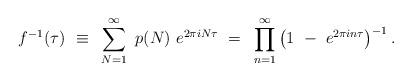
LaTeX: \begin{align*}f^{-1}(\tau)~ \equiv~ \sum^{\infty}_{N=1}~ p(N) ~e^{2 \pi iN \tau} ~=~ \prod^{\infty}_{n=1} \left(1~-~ e^{2 \pi in \tau} \right)^{-1}.\end{align*}